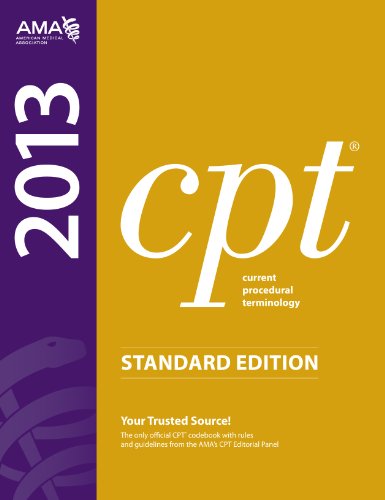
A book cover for CPT 2013 Standard Edition (Current Procedural Terminology (Standard)) (Current Procedural Terminology (CPT) Standard); American Medical Association; Medical Books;